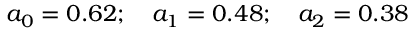
a _ { 0 } = 0 . 6 2 ; \quad a _ { 1 } = 0 . 4 8 ; \quad a _ { 2 } = 0 . 3 8